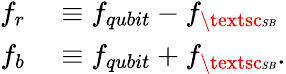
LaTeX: \begin{array}{rl}{f_{r}}&{{}\equiv f_{qubit}-f_{\textsc{\tiny SB}}}\\ {f_{b}}&{{}\equiv f_{qubit}+f_{\textsc{\tiny SB}}.}\end{array}